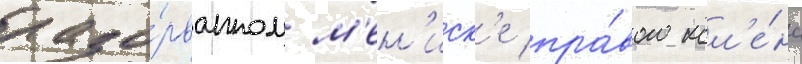
разо́рванном м'ен'иск'е пра́вого кол'е́на